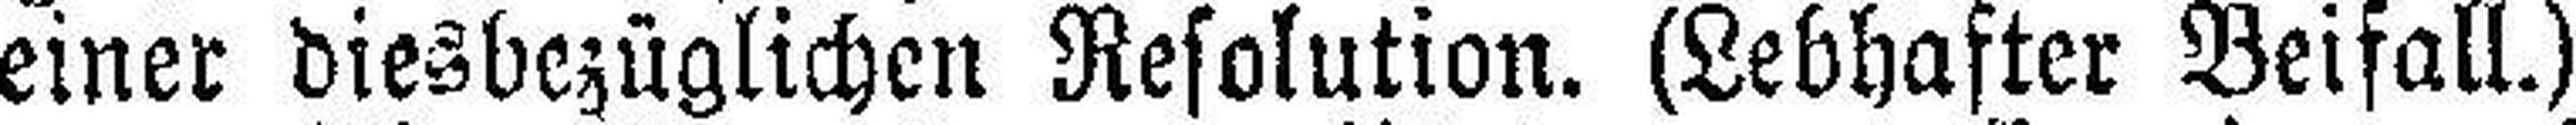
einer diesbezüglichen Resolution. (Lebhafter Beifall.)